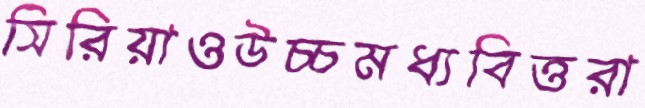
সিরিয়াওউচ্চমধ্যবিত্তরা